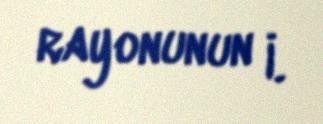
rayonunun İ.